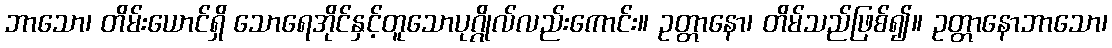
ဘာသော၊ တိမ်းယောင်ရှိ သောရေအိုင်နှင့်တူသောပုဂ္ဂိုလ်လည်းကောင်း။ ဥတ္တာနော၊ တိမ်သည်ဖြစ်၍။ ဥတ္တာနောဘာသော၊